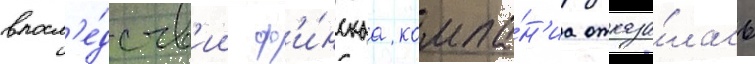
впосл'е́дств'ии ф'и́нскаа компа́н'иа отказа́лась